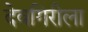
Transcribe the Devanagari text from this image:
देवगिरीला